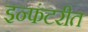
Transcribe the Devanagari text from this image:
इन्फंटरीत